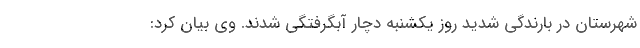
شهرستان در بارندگی شدید روز یکشنبه دچار آبگرفتگی شدند. وی بیان کرد: